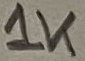
Text: 1K